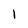
Character: l